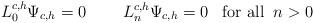
LaTeX: \begin{align*}L_0^{c,h}\Psi_{c,h} = 0\;\;\;\;\;\;\;\;L^{c,h}_n\Psi_{c,h} = 0\;\;\; \textrm{for all}\;\;n>0\end{align*}